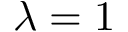
\lambda = 1